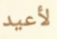
لأعيد